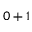
0 + 1